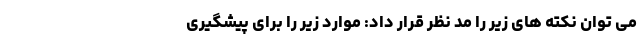
می توان نکته های زیر را مد نظر قرار داد: موارد زیر را برای پیشگیری